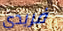
فريدي